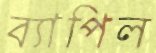
ব্যাপিল